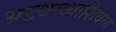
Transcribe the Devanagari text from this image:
अडथळ्याशिवाय